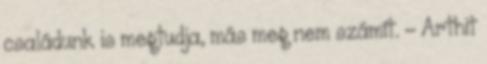
családunk is megtudja, más meg nem számít. – Arthit